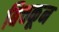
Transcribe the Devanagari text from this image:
बिचकून